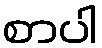
စာပါ